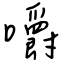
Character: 嚼